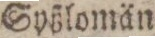
Syßlomän.